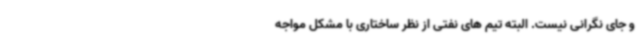
و جای نگرانی نیست. البته تیم های نفتی از نظر ساختاری با مشکل مواجه